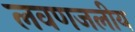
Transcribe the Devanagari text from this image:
लवणजलीय